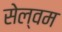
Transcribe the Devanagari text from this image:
सेल्वम